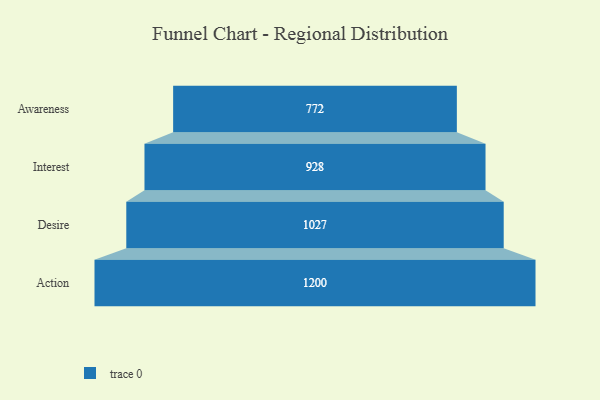
{"axis": {"x": "Stage", "y": "Value"}, "legend": [""], "data": [{"x": "Awareness", "y": 772.0, "type": ""}, {"x": "Interest", "y": 928.0, "type": ""}, {"x": "Desire", "y": 1027.0, "type": ""}, {"x": "Action", "y": 1200.0, "type": ""}]}